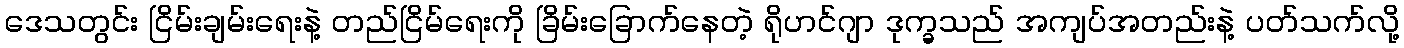
ဒေသတွင်း ငြိမ်းချမ်းရေးနဲ့ တည်ငြိမ်ရေးကို ခြိမ်းခြောက်နေတဲ့ ရိုဟင်ဂျာ ဒုက္ခသည် အကျပ်အတည်းနဲ့ ပတ်သက်လို့